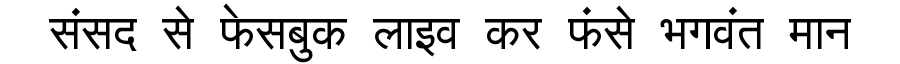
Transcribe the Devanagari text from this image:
संसद से फेसबुक लाइव कर फंसे भगवंत मान